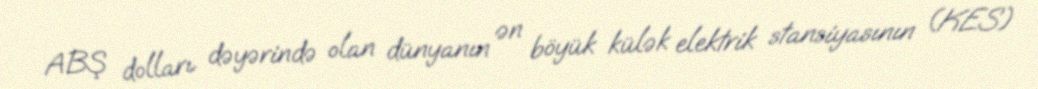
ABŞ dolları dəyərində olan dünyanın ən böyük külək elektrik stansiyasının (KES)